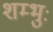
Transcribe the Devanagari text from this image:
शम्भुः